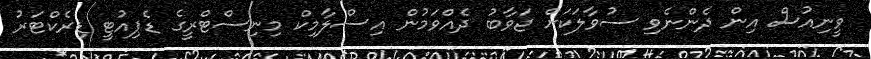
ވީނިއުސް އިން ދެންނެވި ސުވާލަކަށް ޖަވާބު ދެއްވަމުން އިސްލާމިކް މިނިސްޓްރީގެ ޑެޕިއުޓީ ޑިރެކްޓަރު